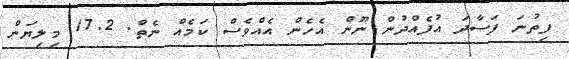
ފިތުނަ ފަސާދަ އުފެއްދުން ނޫން އެހެން އެއްވެސް ކަމެއް ނެތް. 17.2 މިލިޔަން